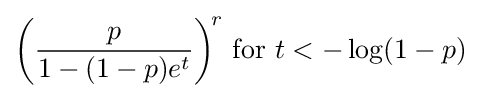
{\biggl (}{\frac {p}{1-(1-p)e^{t}}}{\biggr )}^{\!r}{\text{ for }}t<-\log(1-p)